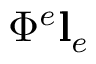
\Phi ^ { e } \mathbf { l } _ { e }